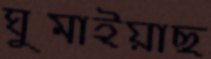
ঘুমাইয়াছ